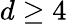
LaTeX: d\geq 4